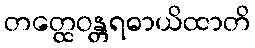
တတ္ထေဝန္တရဓာယိထာတိ